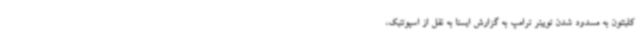
کلینتون به مسدود شدن توییتر ترامپ به گزارش ایسنا به نقل از اسپوتنیک،